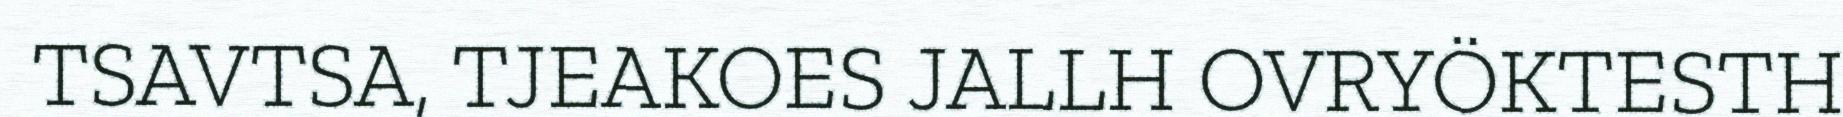
TSAVTSA, TJEAKOES JALLH OVRYÖKTESTH